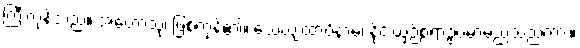
ကြီးကုန်သည်။ အဟောသုံ၊ ဖြစ်ကုန်၏။ သေယျထာပိနာမ၊ နိုင်းယှဉ်စရာဥပမာမည်သည်ကား။